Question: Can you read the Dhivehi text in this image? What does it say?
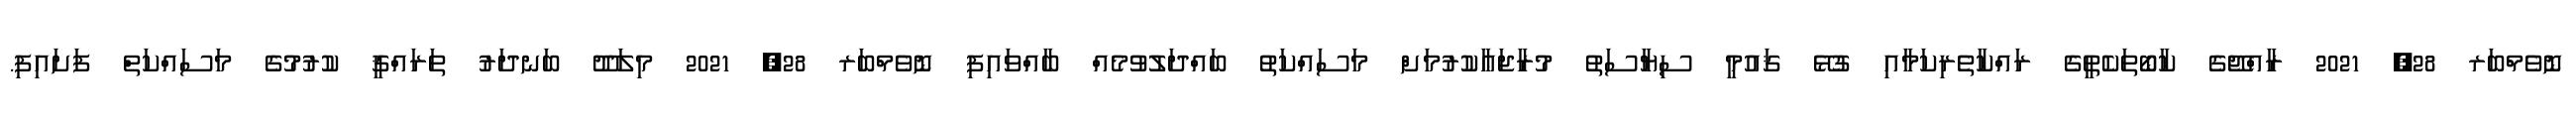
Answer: ނޮވެމްބަރ 28, 2021 ރާއްޖޭގެ ކާބޯތަކެތީގެ ރައްކާތެރިކަމާއި ގުޅޭ ޤައުމީ ސިޔާސަތު މުރާޖަޢާކުރުމަށް މަސައްކަތު ބައްދަލުވުމެއް ބާއްވައިފި ނޮވެމްބަރ 28, 2021 މިލަދޫ ބަނދަރު ތަރައްޤީ ކުރުމުގެ މަސައްކަތް ފަށައިފި.